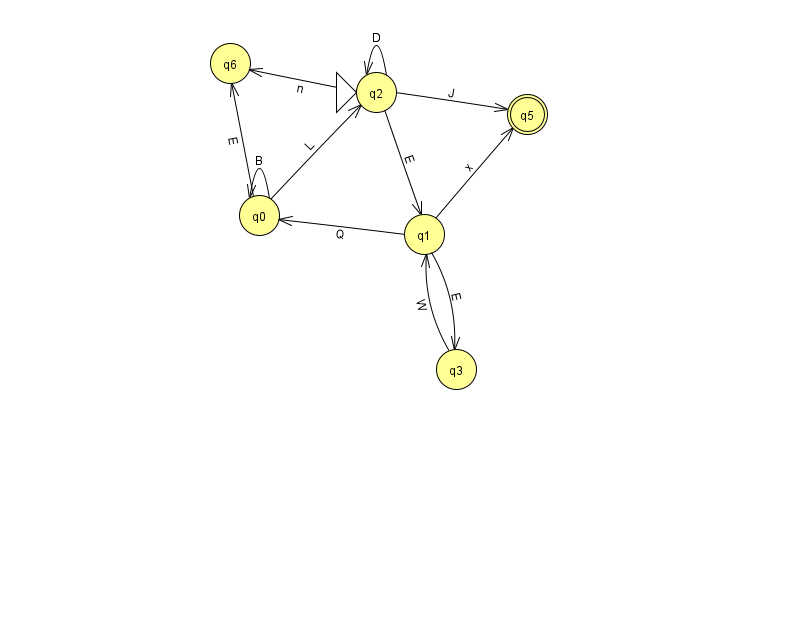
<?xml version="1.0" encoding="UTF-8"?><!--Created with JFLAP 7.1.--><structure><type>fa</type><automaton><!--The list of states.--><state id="0" name="q0"><x>259.0</x><y>202.0</y></state><state id="1" name="q1"><x>424.0</x><y>221.0</y></state><state id="2" name="q2"><x>376.0</x><y>79.0</y><initial/></state><state id="3" name="q3"><x>456.0</x><y>356.0</y></state><state id="5" name="q5"><x>527.0</x><y>101.0</y><final/></state><state id="6" name="q6"><x>230.0</x><y>50.0</y></state><!--The list of transitions.--><transition><from>2</from><to>6</to><read>n</read></transition><transition><from>0</from><to>0</to><read>B</read></transition><transition><from>2</from><to>2</to><read>D</read></transition><transition><from>1</from><to>0</to><read>Q</read></transition><transition><from>2</from><to>1</to><read>E</read></transition><transition><from>0</from><to>2</to><read>L</read></transition><transition><from>0</from><to>6</to><read>E</read></transition><transition><from>1</from><to>3</to><read>E</read></transition><transition><from>3</from><to>1</to><read>W</read></transition><transition><from>1</from><to>5</to><read>x</read></transition><transition><from>2</from><to>5</to><read>J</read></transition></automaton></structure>